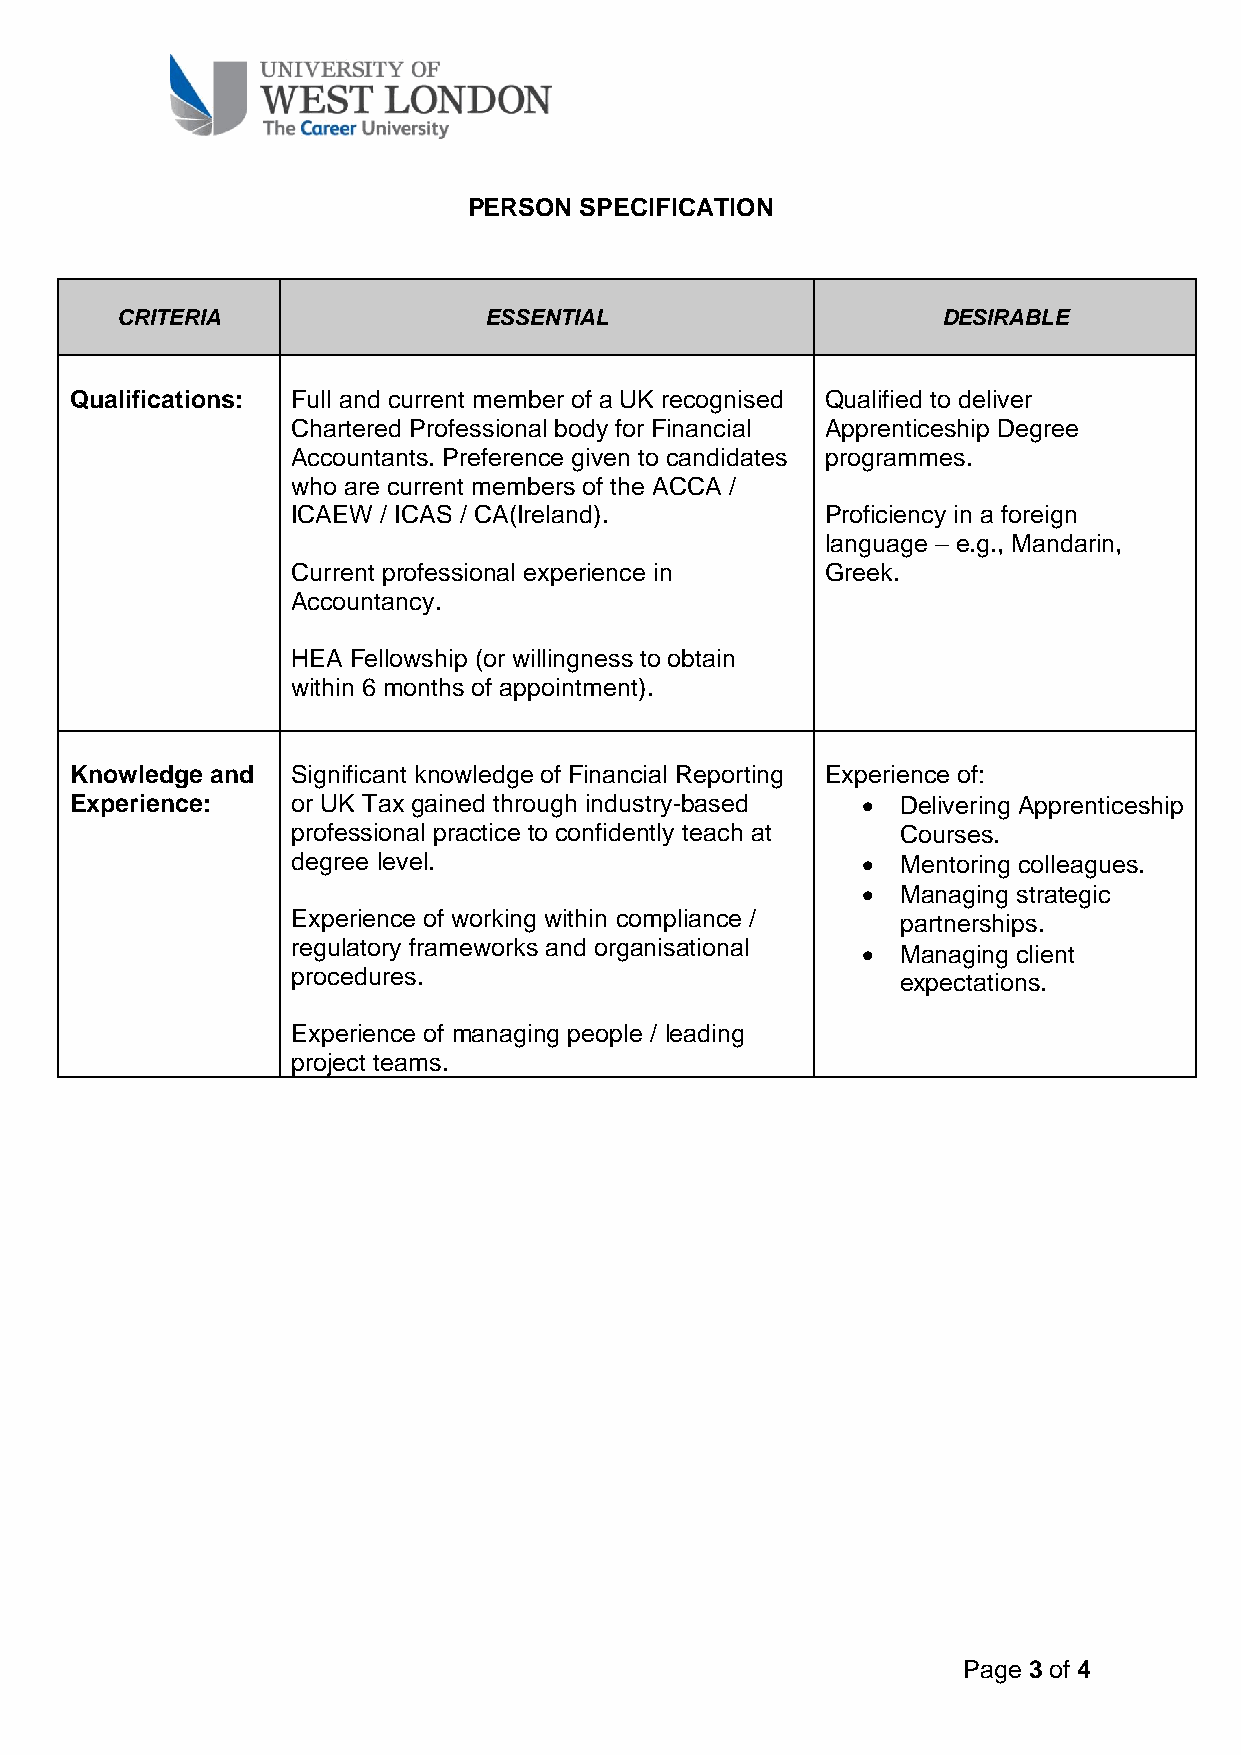
PERSON SPECIFICATION
 CRITERIA                ESSENTIAL                     DESIRABLE
 Qualifications: Full and current member of a UK recognised Qualified to deliver
 Chartered Professional body for Financial Apprenticeship Degree
 Accountants. Preference given to candidates programmes.
 who are current members of the ACCA /
 ICAEW / ICAS / CA(Ireland).         Proficiency in a foreign
 language – e.g., Mandarin,
 Current professional experience in  Greek.
 Accountancy.
 HEA Fellowship (or willingness to obtain
 within 6 months of appointment).
 Knowledge and Significant knowledge of Financial Reporting Experience of:
 Experience:   or UK Tax gained through industry-based • Delivering Apprenticeship
 professional practice to confidently teach at Courses.
 degree level.                         •  Mentoring colleagues.
 •  Managing strategic
 Experience of working within compliance / partnerships.
 regulatory frameworks and organisational
 •  Managing client
 procedures.
 expectations.
 Experience of managing people / leading
 project teams.
 Page 3 of 4